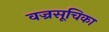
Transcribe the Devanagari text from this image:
वज्रसूचिका